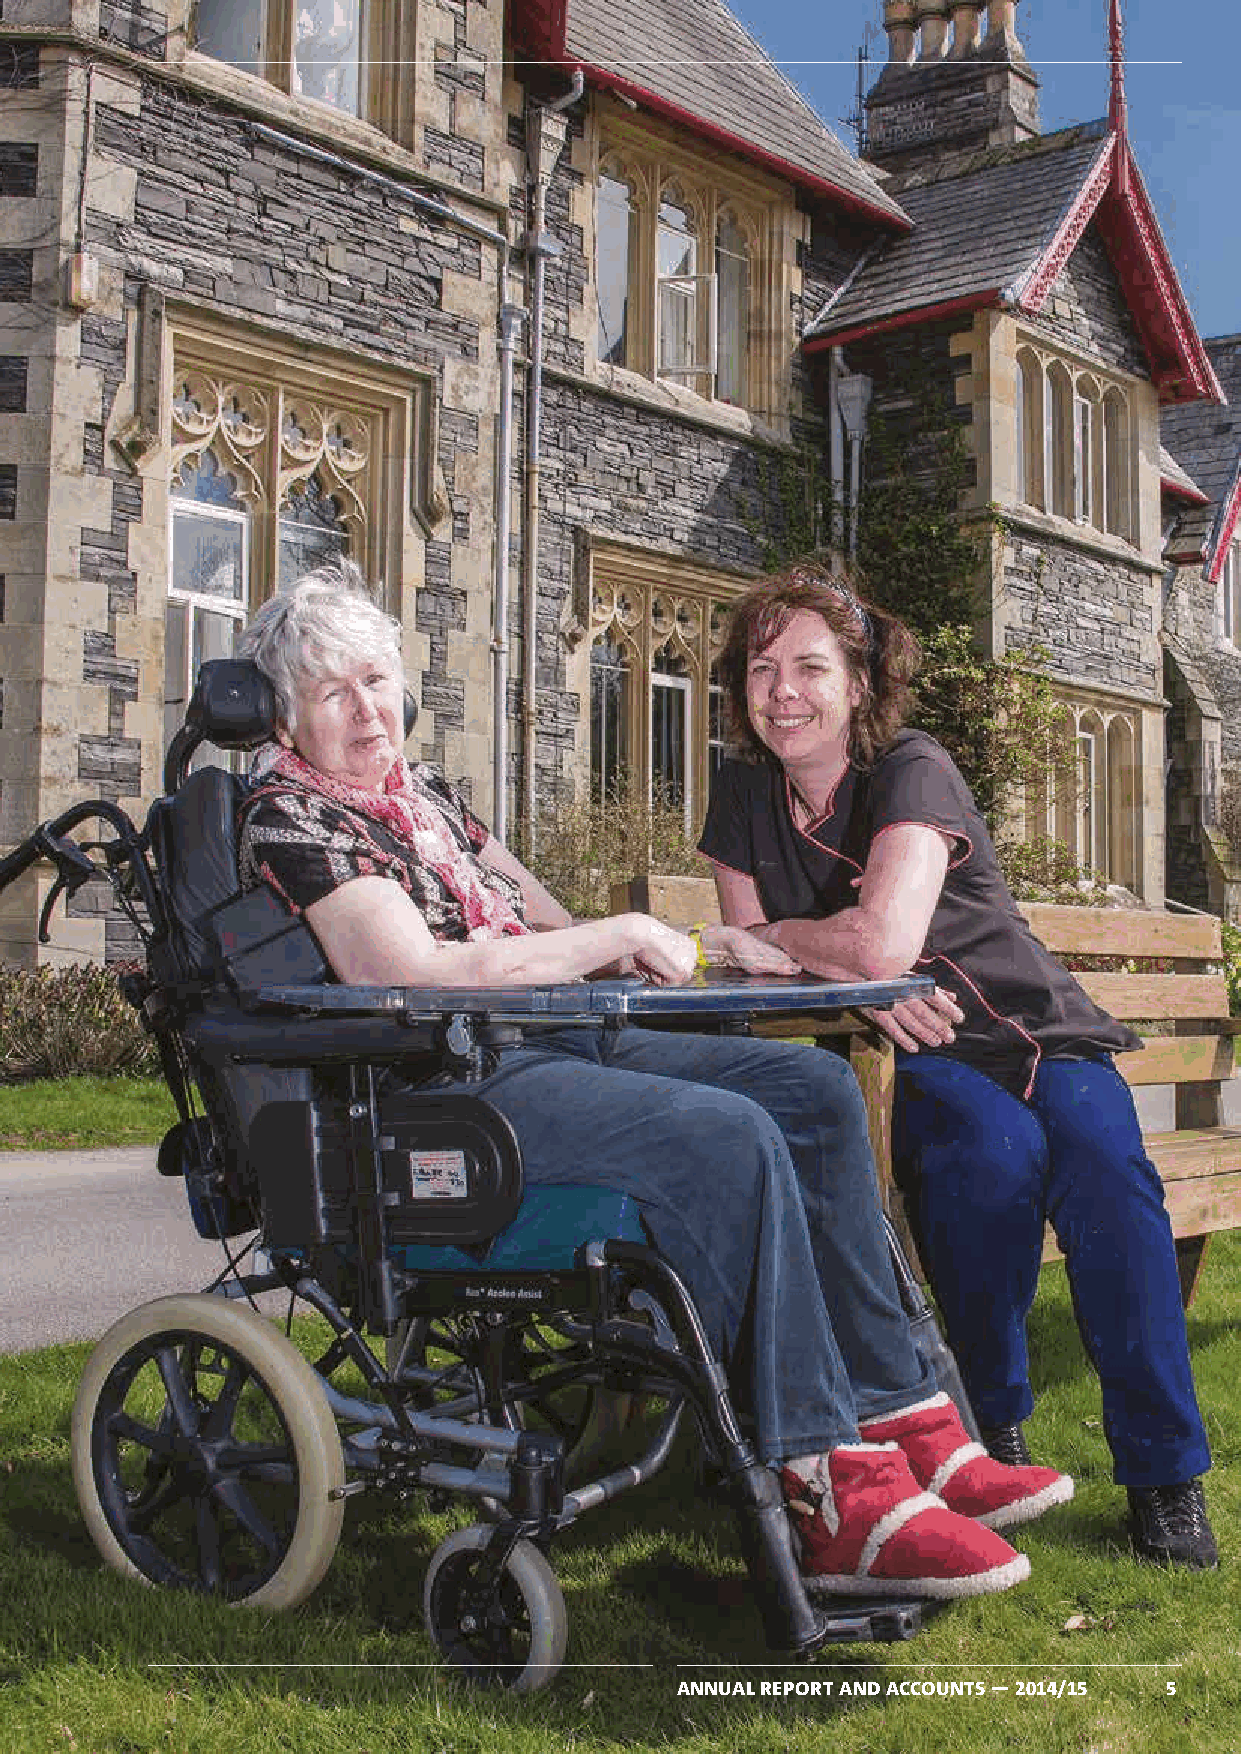
1
 About us
 ANNUAL REPORT AND ACCOUNTS — 2014/15 5